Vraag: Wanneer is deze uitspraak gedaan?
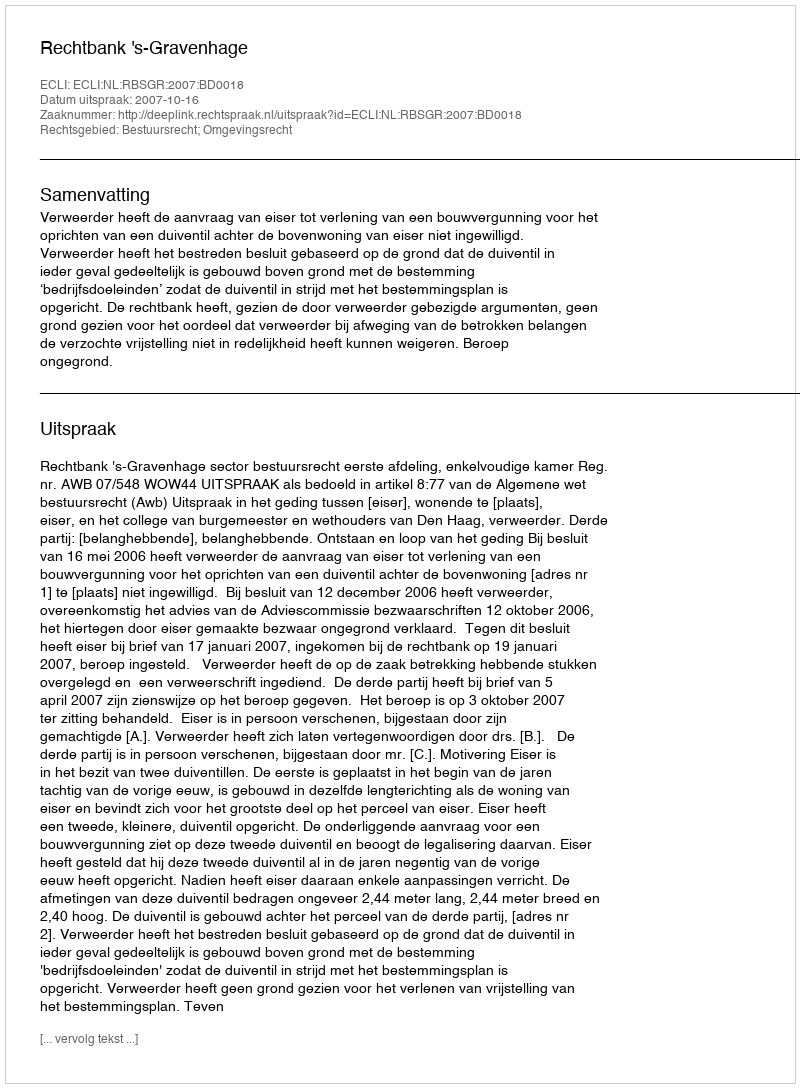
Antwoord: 2007-10-16